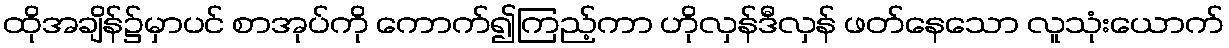
ထိုအချိန်၌မှာပင် စာအုပ်ကို ကောက်၍ကြည့်ကာ ဟိုလှန်ဒီလှန် ဖတ်နေသော လူသုံးယောက်